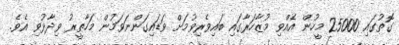
ގޮތުގައި 25000 މީހުން އެއްވި މުޒާހަރާގައި ބައިވެރިވުމަށް ވަޑައިގަންނަވަމުން މަހާތީރު ވިދާޅުވި އެވެ.